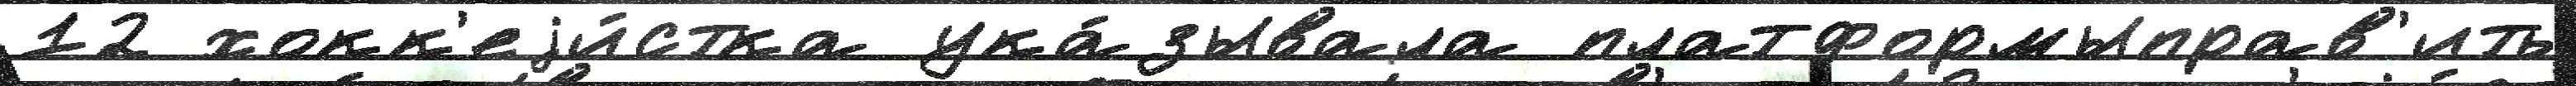
12 хокк'еjи́стка ука́зывала платформыправ'ить